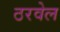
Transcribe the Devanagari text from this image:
ठरवेल